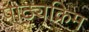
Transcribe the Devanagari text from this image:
पाठ्यक्रिम